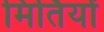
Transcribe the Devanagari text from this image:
मिर्तियों